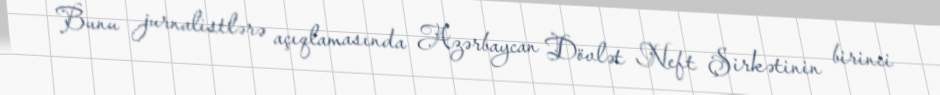
Bunu jurnalistlərə açıqlamasında Azərbaycan Dövlət Neft Şirkətinin birinci